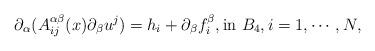
LaTeX: \begin{align*}\partial_\alpha( A_{ij}^{\alpha\beta}(x)\partial_\beta u^j)=h_i+\partial_\beta f^\beta_i, \mbox{in}\ B_4,i=1,\cdots,N,\end{align*}